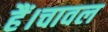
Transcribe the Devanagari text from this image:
हैं।चावल